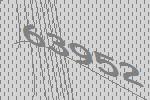
63952